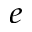
_ e